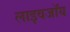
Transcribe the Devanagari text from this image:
लाइवजॉय